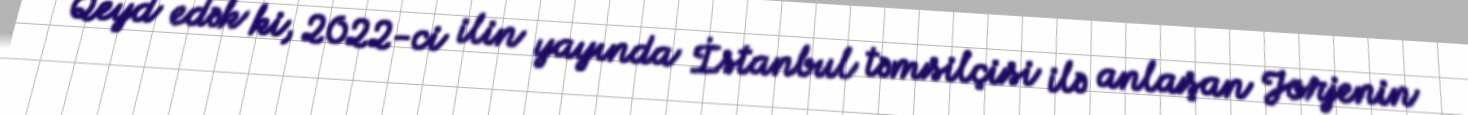
Qeyd edək ki, 2022-ci ilin yayında İstanbul təmsilçisi ilə anlaşan Jorjenin